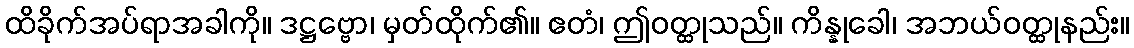
ထိခိုက်အပ်ရာအခါကို။ ဒဋ္ဌဗ္ဗော၊ မှတ်ထိုက်၏။ ဧတံ၊ ဤဝတ္ထုသည်။ ကိန္နုခေါ၊ အဘယ်ဝတ္ထုနည်း။